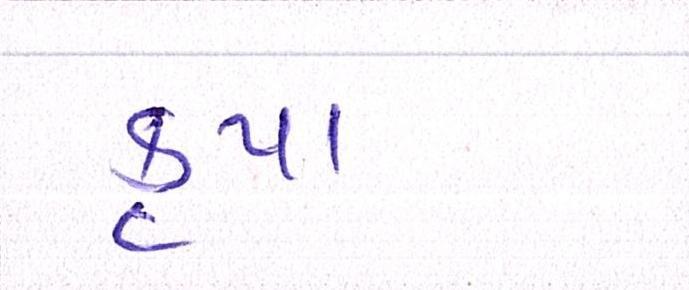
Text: કૃપા